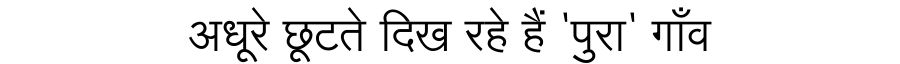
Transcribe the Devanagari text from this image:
अधूरे छूटते दिख रहे हैं 'पुरा' गाँव